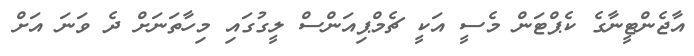
އާޖެންޓީނާގެ ކެޕްޓަން މެސީ އަކީ ޗެމްޕިއަންސް ލީގުގައި މިހާތަނަށް ދެ ވަނަ އަށް